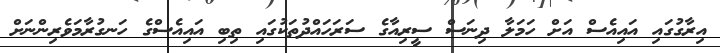
އިރާގުގައި އައިއެސް އަށް ހަމަލާ ދިނަސް ސީރިއާގެ ސަރަހައްދުތަކުގައި ތިބި އައިއެސްގެ ހަނގުރާމަވެރިންނަށް